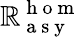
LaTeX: \mathbb{R}_{\mathrm{{~a~s~y~}}}^{\mathrm{{~h~o~m~}}}